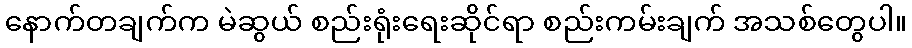
နောက်တချက်က မဲဆွယ် စည်းရုံးရေးဆိုင်ရာ စည်းကမ်းချက် အသစ်တွေပါ။